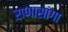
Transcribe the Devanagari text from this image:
राणासांगा